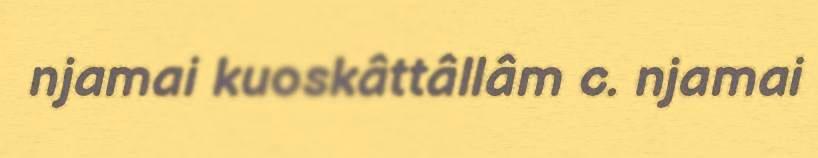
njamai kuoskâttâllâm c. njamai